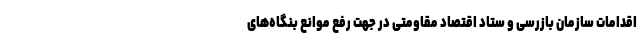
اقدامات سازمان بازرسی و ستاد اقتصاد مقاومتی در جهت رفع موانع بنگاه‌های